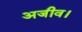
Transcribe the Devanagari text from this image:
अजीव।